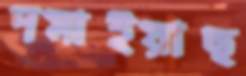
দমাইয়াছ